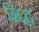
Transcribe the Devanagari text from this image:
ग्रिद्ध